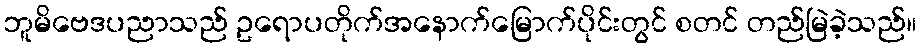
ဘူမိဗေဒပညာသည် ဥရောပတိုက်အနောက်မြောက်ပိုင်းတွင် စတင် တည်မြဲခဲ့သည်။